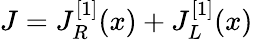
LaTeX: J=J_{R}^{[1]}(x)+J_{L}^{[1]}(x)